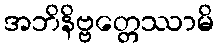
အဘိနိဗ္ဗတ္တေဿာမိ